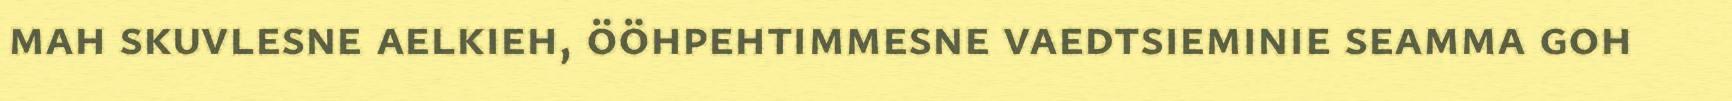
mah skuvlesne aelkieh, ööhpehtimmesne vaedtsieminie seamma goh